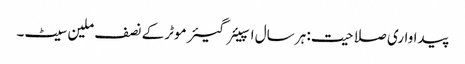
پیداواری صلاحیت: ہر سال اسپیئر گیئر موٹر کے نصف ملین سیٹ۔